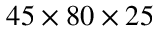
4 5 \times 8 0 \times 2 5